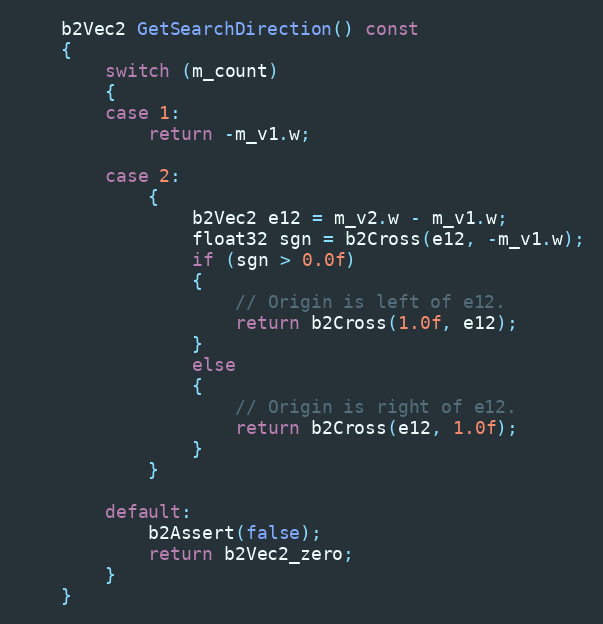
Language: C++
	b2Vec2 GetSearchDirection() const
	{
		switch (m_count)
		{
		case 1:
			return -m_v1.w;

		case 2:
			{
				b2Vec2 e12 = m_v2.w - m_v1.w;
				float32 sgn = b2Cross(e12, -m_v1.w);
				if (sgn > 0.0f)
				{
					// Origin is left of e12.
					return b2Cross(1.0f, e12);
				}
				else
				{
					// Origin is right of e12.
					return b2Cross(e12, 1.0f);
				}
			}

		default:
			b2Assert(false);
			return b2Vec2_zero;
		}
	}